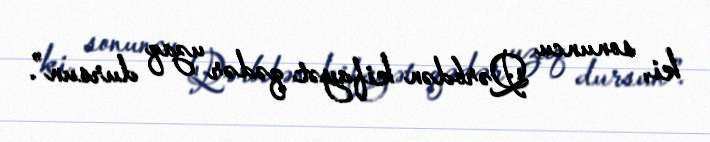
ki, sonuncu Qərbdən kifayət qədər uzaq dursun”.